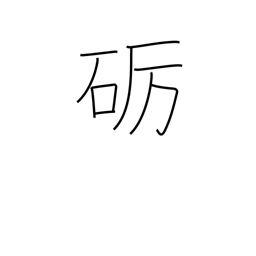
Meaning: polish